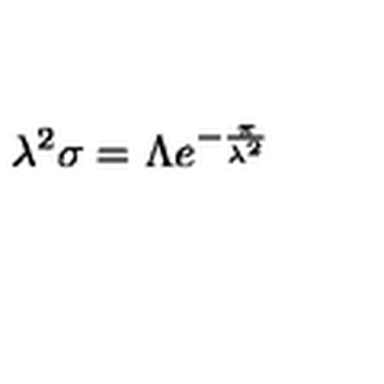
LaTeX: \lambda ^ { 2 } \sigma = \Lambda e ^ { - { \frac { \pi } { \lambda ^ { 2 } } } }